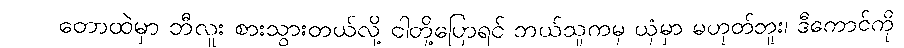
တောထဲမှာ ဘီလူး စားသွားတယ်လို့ ငါတို့ပြောရင် ဘယ်သူကမှ ယုံမှာ မဟုတ်ဘူး၊ ဒီကောင်ကို